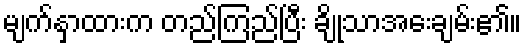
မျက်နှာထားက တည်ကြည်ပြီး ချိုသာအေးချမ်း၏။